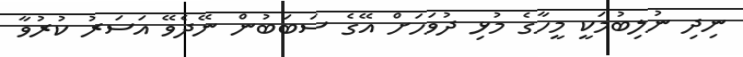
ނިދި ނުލިބުމަކީ މީހާގެ މުޅި ދުވަހަށް އޭގެ ސަބަބުން ނޭދެވޭ އަސަރު ކުރުވާ